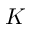
K